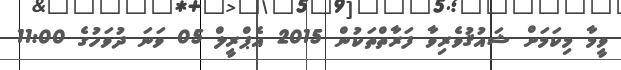
ވީމާ މިކަމަށް ޝައުޤުވެރިވާ ފަރާތްތަކުން 2015 އެޕްރީލް 05 ވަނަ ދުވަހުގެ 11:00